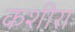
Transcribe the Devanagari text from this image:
कशीरा